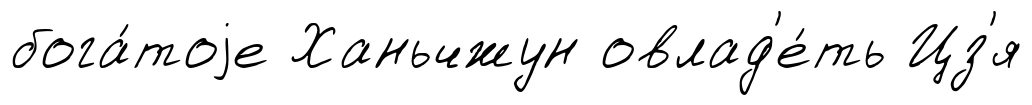
бога́тоjе Ханьчжун овлад'е́ть Цз'я